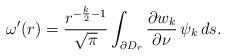
LaTeX: \begin{align*} \omega'(r)= \frac{r^{-\frac k2-1}}{\sqrt\pi} \int_{\partial D_r} \frac{\partial w_k}{\partial \nu}\,\psi_k\,ds.\end{align*}